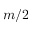
m / 2